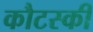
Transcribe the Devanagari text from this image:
कौटस्की